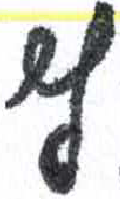
אות: צ